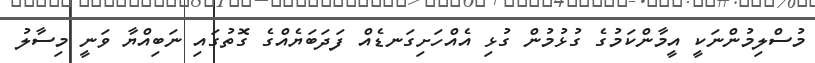
މުސްލިމުންނަކީ އީމާންކަމުގެ ގުޅުމުން ގުޅި އެއްހަށިގަނޑެއް ފަދަބަޔެއްގެ ގޮތުގައި ނަބިއްޔާ ވަނީ މިސާލު